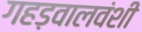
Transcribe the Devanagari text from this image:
गहड़वालवंशी